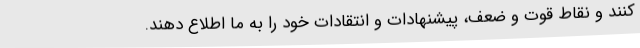
کنند و نقاط قوت و ضعف، پیشنهادات و انتقادات خود را به ما اطلاع دهند.